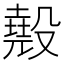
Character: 𣫁